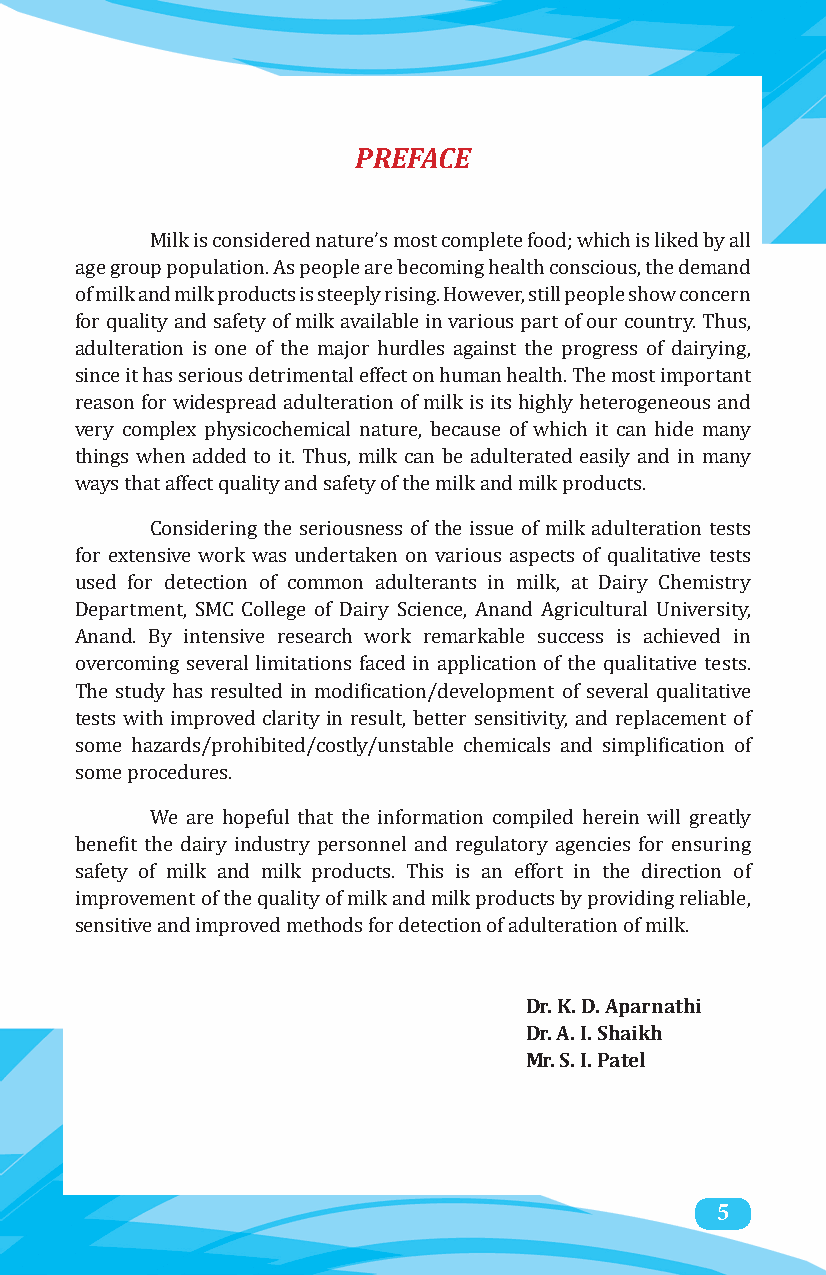
PREFACE
 Milk is considered nature’s most complete food; which is liked by all
 age group population. As people are becoming health conscious, the demand
 of milk and milk products is steeply rising. However, still people show concern
 for quality and safety of milk available in various part of our country. Thus,
 adulteration is one of the major hurdles against the progress of dairying,
 since it has serious detrimental effect on human health. The most important
 reason for widespread adulteration of milk is its highly heterogeneous and
 very complex physicochemical nature, because of which it can hide many
 things when added to it. Thus, milk can be adulterated easily and in many
 ways that affect quality and safety of the milk and milk products.
 Considering the seriousness of the issue of milk adulteration tests
 for extensive work was undertaken on various aspects of qualitative tests
 used for detection of common adulterants in milk, at Dairy Chemistry
 Department, SMC College of Dairy Science, Anand Agricultural University,
 Anand. By intensive research work remarkable success is achieved in
 overcoming several limitations faced in application of the qualitative tests.
 The study has resulted in modification/development of several qualitative
 tests with improved clarity in result, better sensitivity, and replacement of
 some hazards/prohibited/costly/unstable chemicals and simplification of
 some procedures.
 We are hopeful that the information compiled herein will greatly
 benefit the dairy industry personnel and regulatory agencies for ensuring
 safety of milk and milk products. This is an effort in the direction of
 improvement of the quality of milk and milk products by providing reliable,
 sensitive and improved methods for detection of adulteration of milk.
 Dr. K. D. Aparnathi
 Dr. A. I. Shaikh
 Mr. S. I. Patel
 5